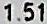
1.51